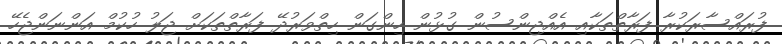
ފުރައްސާރަކުރާ ފަރާތްތަކާއި އެއްޖިންސުން ގުޅުން ހިންގަން ހިތްވަރުދޭ ފަރާތްތަކަށް ޖަލު ހުކުމް އަންނަންޖެހޭ